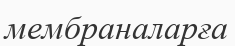
мембраналарға